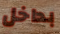
بداخل